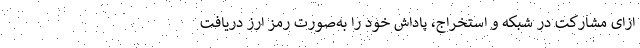
ازای مشارکت در شبکه و استخراج، پاداش خود را به‌صورت رمز ارز دریافت